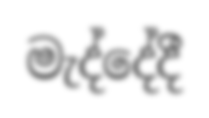
මැද්දේදී